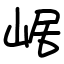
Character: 崌